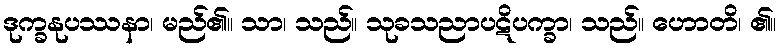
ဒုက္ခနုပဿနာ၊ မည်၏။ သာ၊ သည်။ သုခသညာပဋိပက္ခာ၊ သည်။ ဟောတိ၊ ၏။